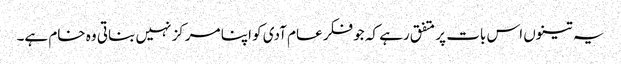
یہ تینوں اس بات پر متفق رہے کہ جو فکر عام آدی کو اپنا مرکز نہیں بناتی وہ خام ہے۔